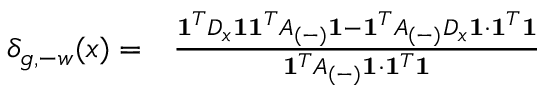
\begin{array} { r l } { \delta _ { g , - w } ( x ) = } & { \frac { \mathbf { 1 } ^ { T } D _ { x } \mathbf { 1 } \mathbf { 1 } ^ { T } A _ { ( - ) } \mathbf { 1 } - \mathbf { 1 } ^ { T } A _ { ( - ) } D _ { x } \mathbf { 1 } \cdot \mathbf { 1 } ^ { T } \mathbf { 1 } } { \mathbf { 1 } ^ { T } A _ { ( - ) } \mathbf { 1 } \cdot \mathbf { 1 } ^ { T } \mathbf { 1 } } } \end{array}